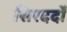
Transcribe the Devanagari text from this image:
सिरदर्दों